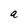
Character: a